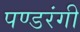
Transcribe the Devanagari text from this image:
पण्डरंगी